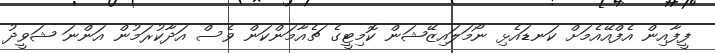
ފީފާއިން އެފްއޭއެމަށް ކަނޑައެޅި ނޯމަލައިޒޭޝަން ކޮމިޓީގެ ޗެއާމަންކަން ވެސް އަދާކުރަމުން އަންނަ ޝަވީދު